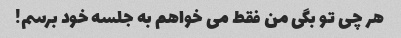
هر چی تو بگی من فقط می خواهم به جلسه خود برسم!